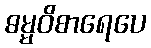
ဓမ္မဝိစာရေပေ